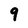
Character: 9